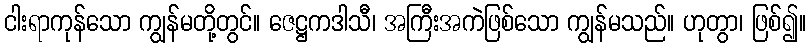
ငါးရာကုန်သော ကျွန်မတို့တွင်။ ဇေဋ္ဌကဒါသီ၊ အကြီးအကဲဖြစ်သော ကျွန်မသည်။ ဟုတွာ၊ ဖြစ်၍။